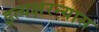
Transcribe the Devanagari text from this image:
इत्यक्षरन्यास